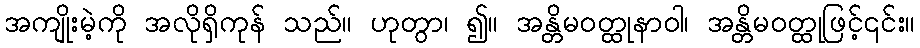
အကျိုးမဲ့ကို အလိုရှိကုန် သည်။ ဟုတွာ၊ ၍။ အန္တိမဝတ္ထုနာဝါ၊ အန္တိမဝတ္ထုဖြင့်၎င်း။